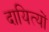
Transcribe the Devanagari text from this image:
दायित्यों